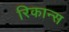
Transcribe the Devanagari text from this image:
रिकान्स